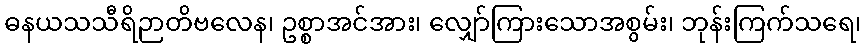
ဓနယသသီရိဉာတိဗလေန၊ ဥစ္စာအင်အား၊ လျှော်ကြားသောအစွမ်း၊ ဘုန်းကြက်သရေ၊